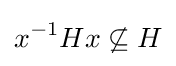
x^{-1}Hx\not \subseteq H